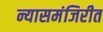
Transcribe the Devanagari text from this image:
न्यासमंजिरीत